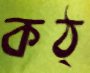
কঠ্